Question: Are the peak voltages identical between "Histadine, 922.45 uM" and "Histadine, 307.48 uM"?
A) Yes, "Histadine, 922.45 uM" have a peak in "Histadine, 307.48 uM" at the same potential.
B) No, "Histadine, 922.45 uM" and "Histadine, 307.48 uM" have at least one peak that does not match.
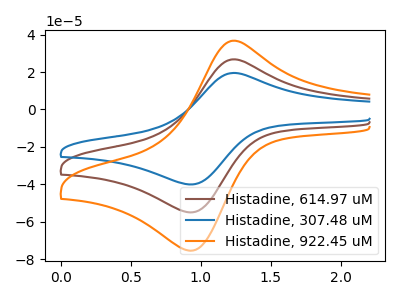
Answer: <think>The brown curve "Histadine, 614.97 uM" has an anodic peak at (1.25V, 26.75uA) and a cathodic peak at (0.95V, -54.75uA). The blue curve "Histadine, 307.48 uM" has an anodic peak at (1.25V, 19.50uA) and a cathodic peak at (0.95V, -39.90uA). The orange curve "Histadine, 922.45 uM" has an anodic peak at (1.25V, 53.50uA) and a cathodic peak at (0.95V, -109.45uA).</think>
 <answer>A) Yes, "Histadine, 922.45 uM" have a peak in "Histadine, 307.48 uM" at the same potential.</answer>
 <eval>A</eval>